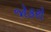
જોકરો